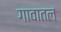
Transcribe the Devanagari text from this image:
गावातल